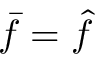
{ \bar { f } } = { \hat { f } }